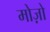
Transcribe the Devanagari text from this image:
मोज़ो